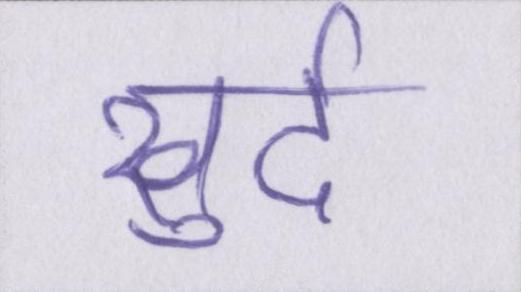
खुर्द